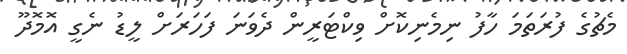
މެޗުގެ ފުރަތަމަ ހާފު ނިމެނިކޮށް ވިކްޓަރީން ދެވަނަ ފަހަރަށް ލީޑު ނެގީ އޮމޮދޫ